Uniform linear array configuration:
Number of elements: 24
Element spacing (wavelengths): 0.25
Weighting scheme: kaiser
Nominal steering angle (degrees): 45
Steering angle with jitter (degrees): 45.018
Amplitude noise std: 0.05
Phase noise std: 0.05

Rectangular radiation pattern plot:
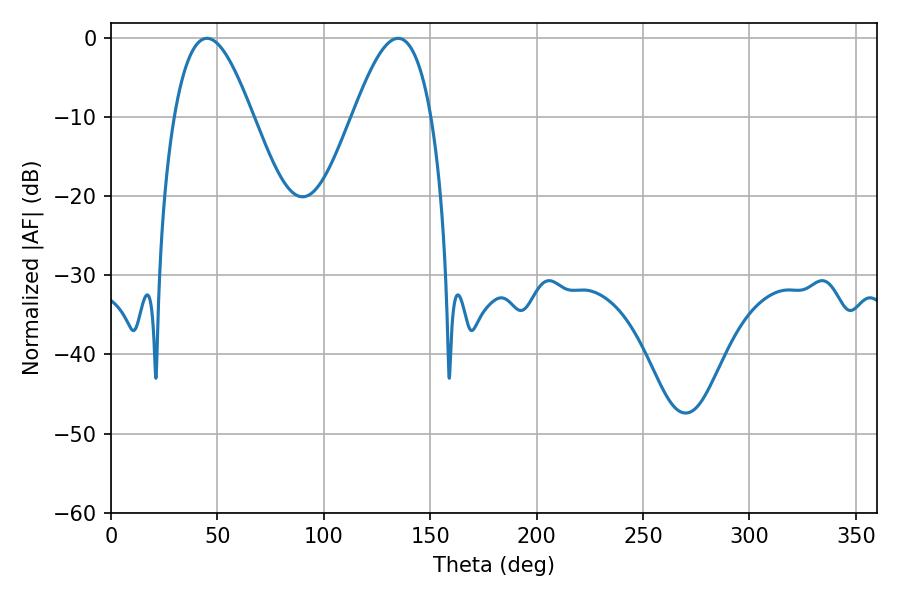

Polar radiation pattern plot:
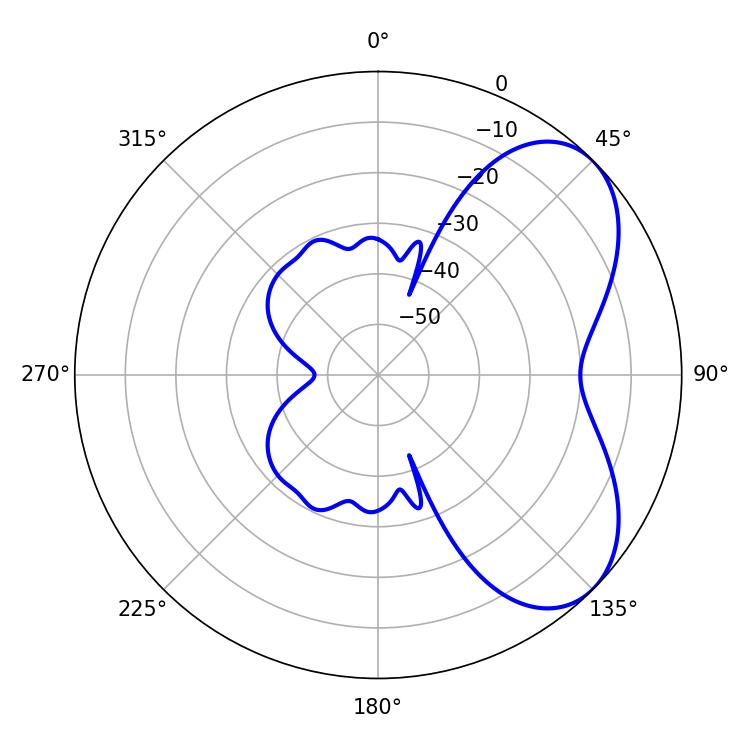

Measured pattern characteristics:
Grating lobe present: FALSE
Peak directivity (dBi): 5.57
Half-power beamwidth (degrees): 19.98
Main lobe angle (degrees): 45